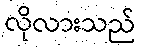
လိုလားသည်